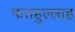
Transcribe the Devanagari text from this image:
फतहुल्लाह